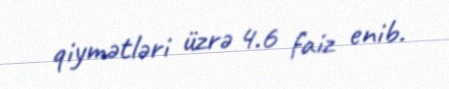
qiymətləri üzrə 4.6 faiz enib.